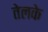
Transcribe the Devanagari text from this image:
तेलके